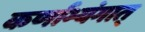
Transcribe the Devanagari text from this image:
कर्णाभ्यंगात्‌